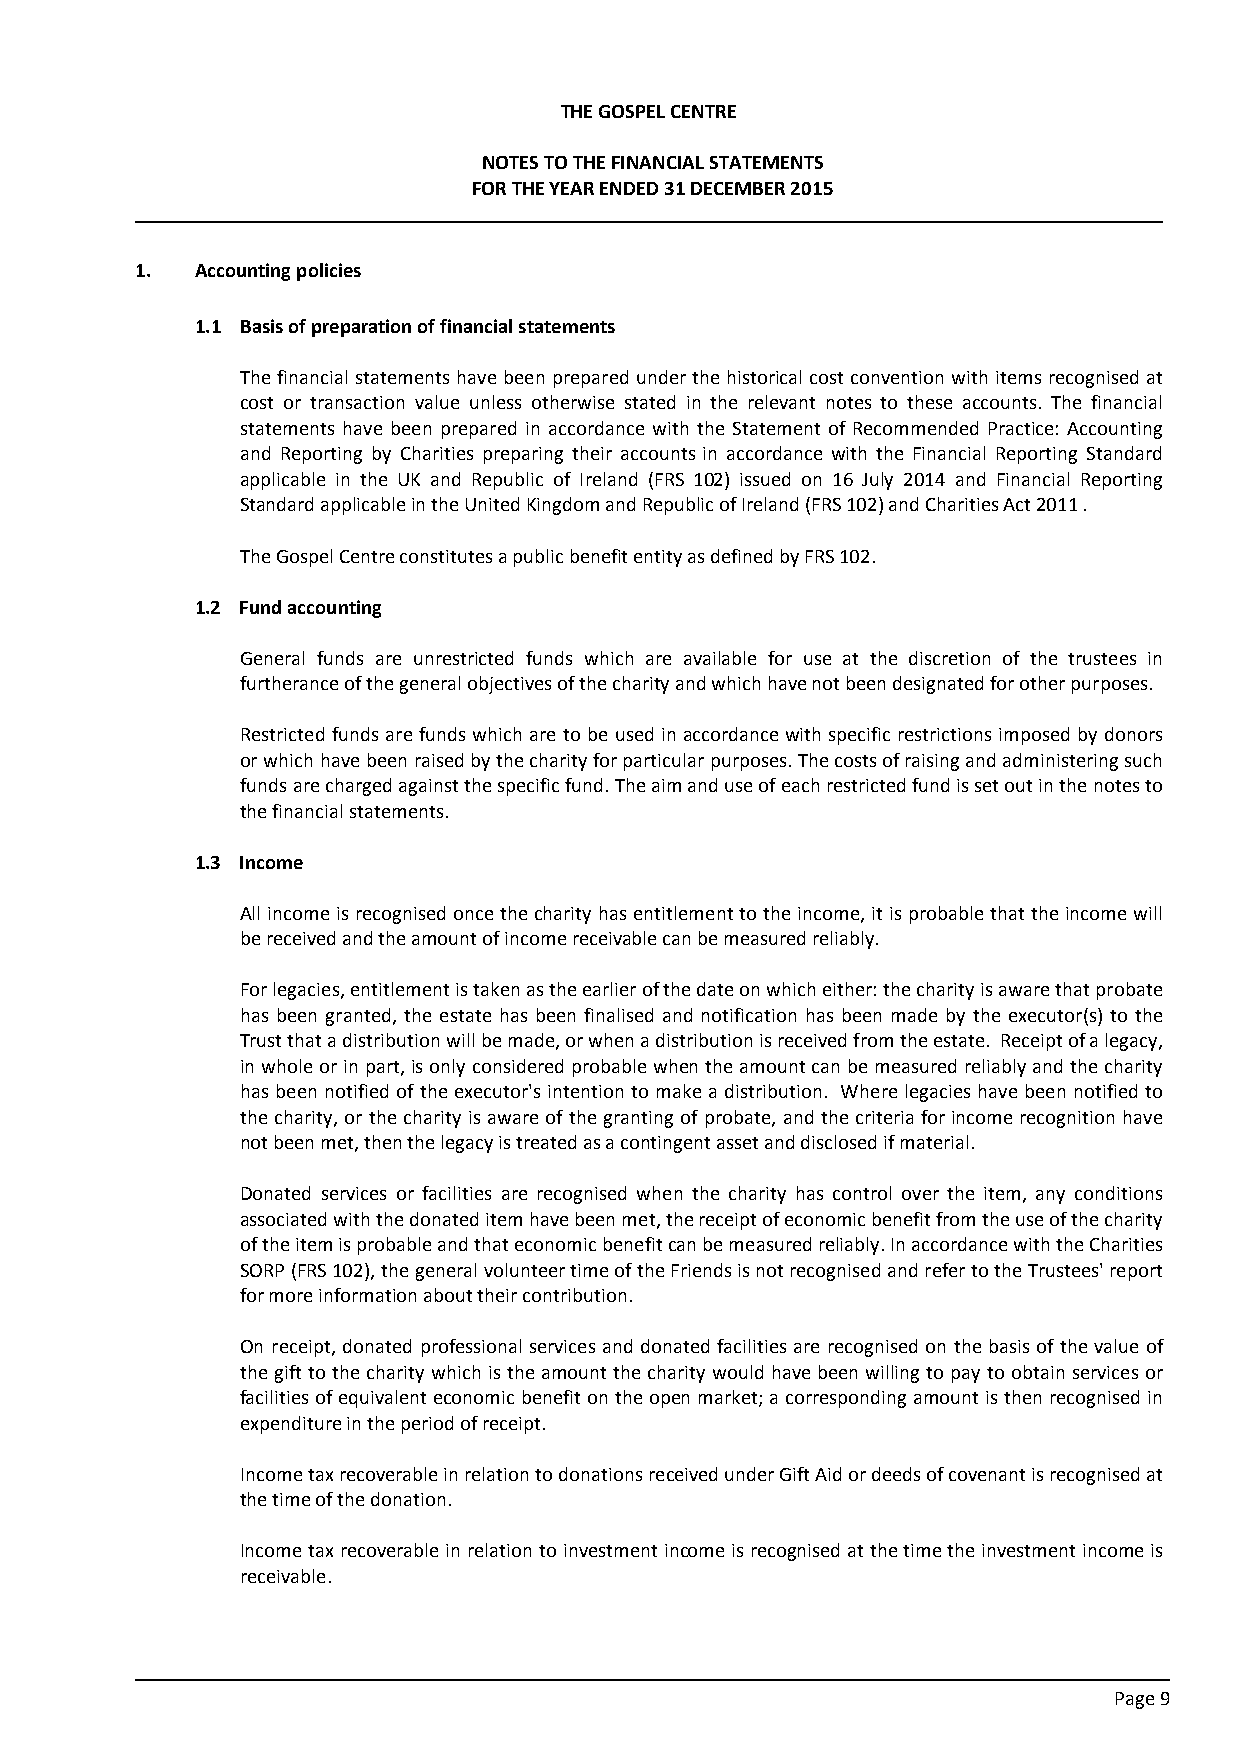
THE GOSPEL CENTRE
 NOTES TO THE FINANCIAL STATEMENTS
 FOR THE YEAR ENDED 31 DECEMBER 2015
 1.  Accounting policies
 1.1 Basis of preparation of financial statements
 The financial statements have been prepared under the historical cost convention with items recognised at
 cost or transaction value unless otherwise stated in the relevant notes to these accounts. The financial
 statements have been prepared in accordance with the Statement of Recommended Practice: Accounting
 and Reporting by Charities preparing their accounts in accordance with the Financial Reporting Standard
 applicable in the UK and Republic of Ireland (FRS 102) issued on 16 July 2014 and Financial Reporting
 Standard applicable in the United Kingdom and Republic of Ireland (FRS 102) and Charities Act 2011.
 The Gospel Centre constitutes a public benefit entity as defined by FRS 102.
 1.2 Fund accounting
 General funds are unrestricted funds which are available for use at the discretion of the trustees in
 furtherance of the general objectives of the charity and which have not been designated for other purposes.
 Restricted funds are funds which are to be used in accordance with specific restrictions imposed by donors
 or which have been raised by the charity for particular purposes. The costs of raising and administering such
 funds are charged against the specific fund. The aim and use of each restricted fund is set out in the notes to
 the financial statements.
 1.3 Income
 All income is recognised once the charity has entitlement to the income, it is probable that the income will
 be received and the amount of income receivable can be measured reliably.
 For legacies, entitlement is taken as the earlier of the date on which either: the charity is aware that probate
 has been granted, the estate has been finalised and notification has been made by the executor(s) to the
 Trust that a distribution will be made, or when a distribution is received from the estate. Receipt of a legacy,
 in whole or in part, is only considered probable when the amount can be measured reliably and the charity
 has been notified of the executor's intention to make a distribution. Where legacies have been notified to
 the charity, or the charity is aware of the granting of probate, and the criteria for income recognition have
 not been met, then the legacy is treated as a contingent asset and disclosed if material.
 Donated services or facilities are recognised when the charity has control over the item, any conditions
 associated with the donated item have been met, the receipt of economic benefit from the use of the charity
 of the item is probable and that economic benefit can be measured reliably. In accordance with the Charities
 SORP (FRS 102), the general volunteer time of the Friends is not recognised and refer to the Trustees' report
 for more information about their contribution.
 On receipt, donated professional services and donated facilities are recognised on the basis of the value of
 the gift to the charity which is the amount the charity would have been willing to pay to obtain services or
 facilities of equivalent economic benefit on the open market; a corresponding amount is then recognised in
 expenditure in the period of receipt.
 Income tax recoverable in relation to donations received under Gift Aid or deeds of covenant is recognised at
 the time of the donation.
 Income tax recoverable in relation to investment income is recognised at the time the investment income is
 receivable.
 Page 9